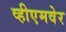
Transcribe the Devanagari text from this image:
व्हीएमवेर